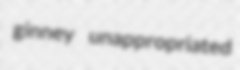
ginney unappropriated